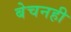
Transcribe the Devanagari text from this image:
बेचनही